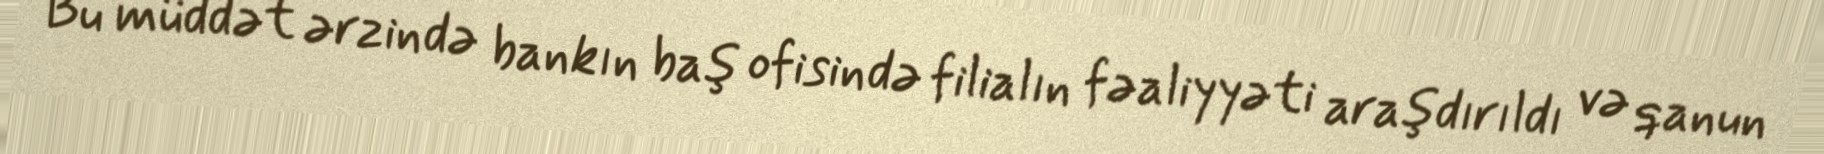
Bu müddət ərzində bankın baş ofisində filialın fəaliyyəti araşdırıldı və qanun